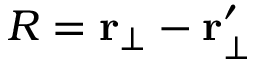
{ R } = \mathbf { r } _ { \bot } - \mathbf { r } _ { \bot } ^ { \prime }